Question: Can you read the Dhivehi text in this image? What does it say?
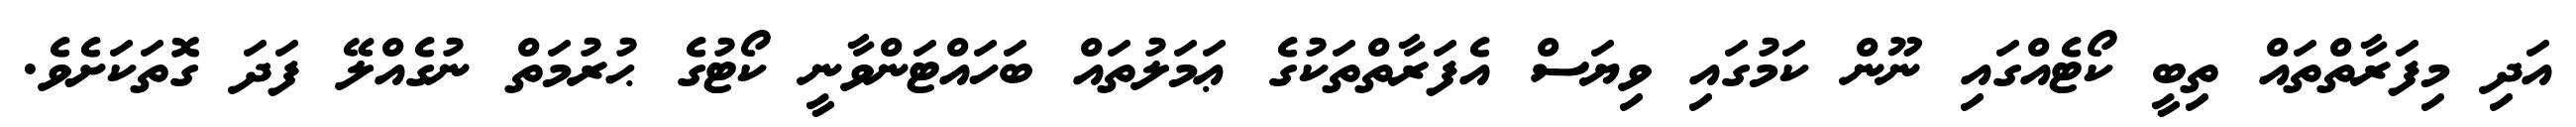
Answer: އަދި މިފަރާތްތައް ތިބީ ކޯޓެއްގައި ނޫން ކަމުގައި ވިޔަސް އެފަރާތްތަކުގެ ޢަމަލުތައް ބަހައްޓަންވާނީ ކޯޓުގެ ޙުރުމަތް ނުގެއްލޭ ފަދަ ގޮތަކަށެވެ.